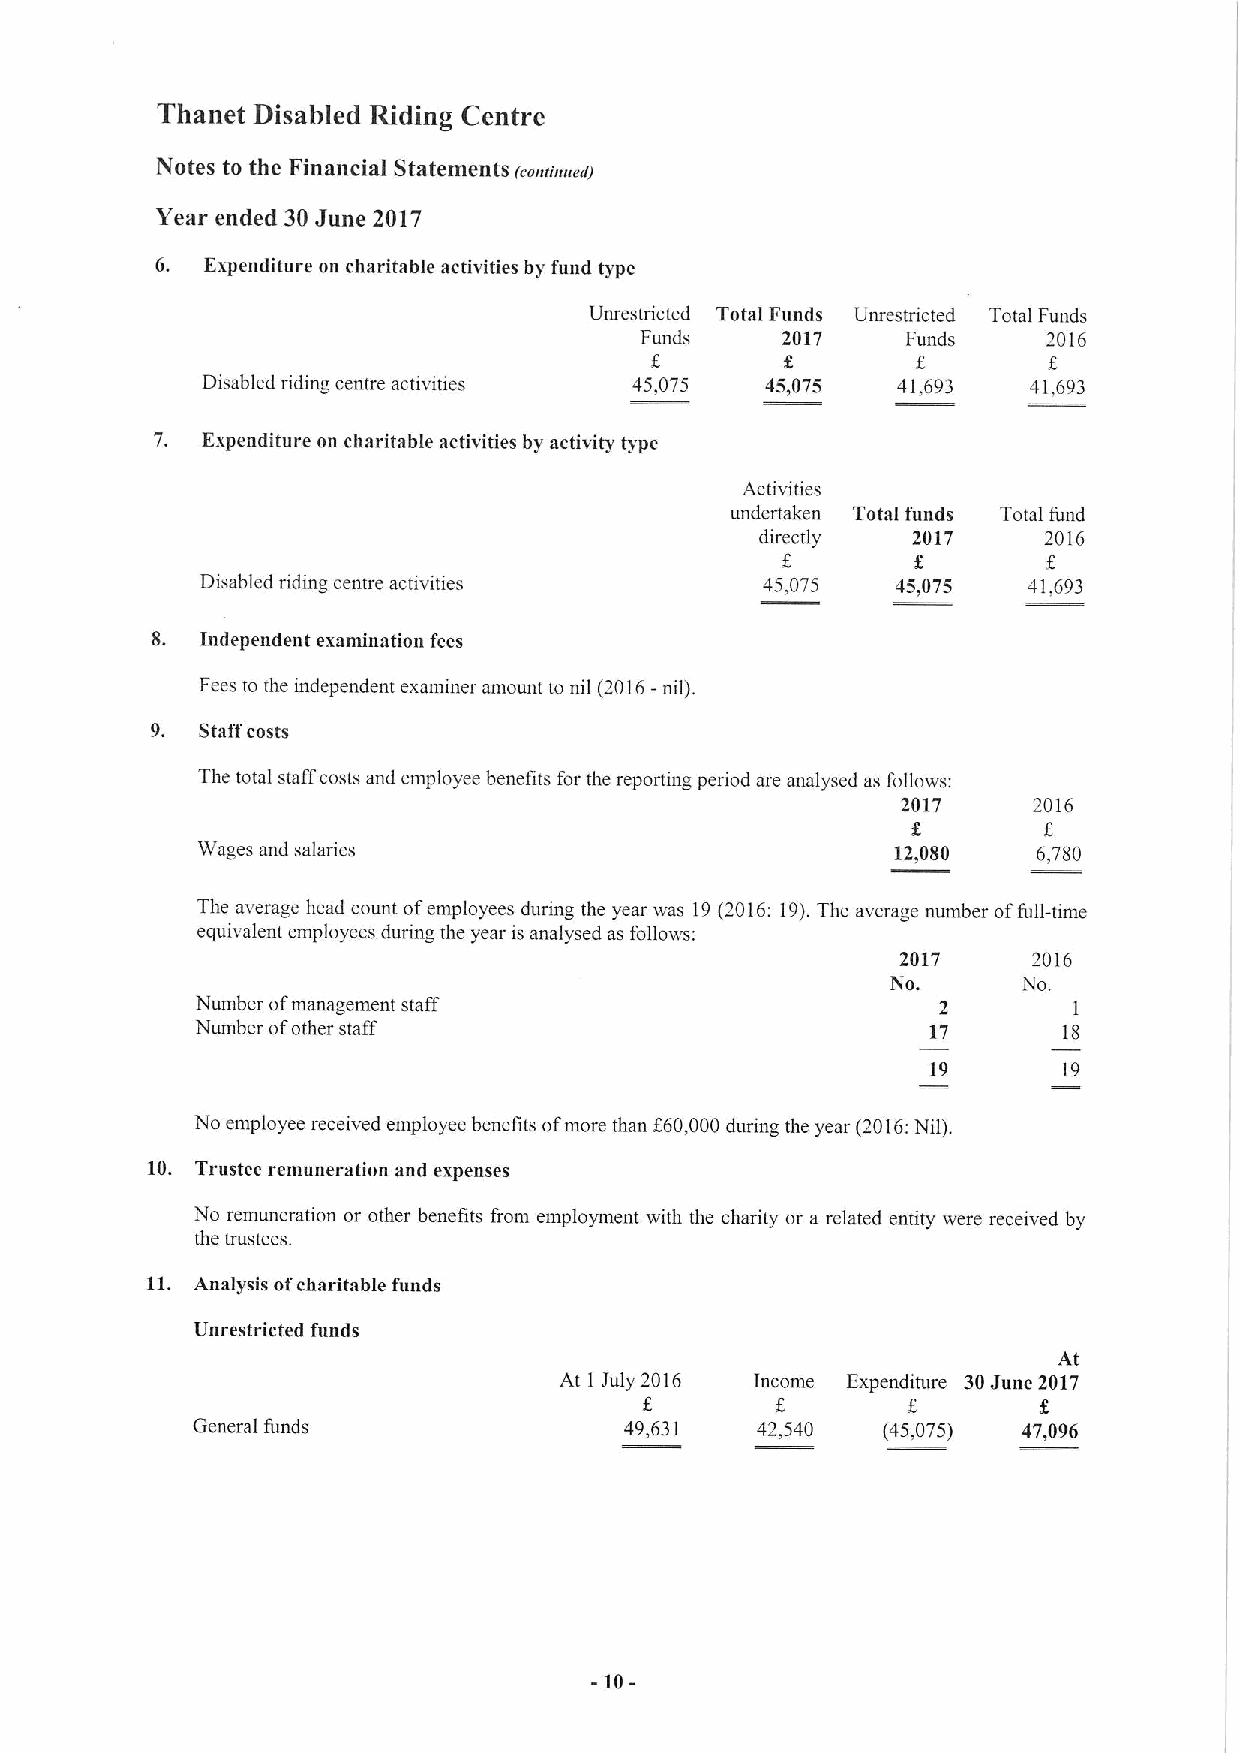
Thanet Disabled Riding Centre
 Notes to the Financial Statements f.aachmedi
 Year ended 30June 2017
 6.  Expenditure on charitable activities by fund type
 Unrestricted Total Funds Unrestricted Total Funds
 Funds     2017    Funds    2016
 f
 Disabled riding centre activities 45,075 45,075 41,693 41,693
 7. Expenditure on charitable activities by activity type
 Activities
 undertaken Total funds Total fund
 directly  2017     2016
 Disabled riding centre activities    45,075   45,075   41,693
 8. Independent examination fees
 Fees to the independent examiner amount to nil (2016-nil).
 9. Staff costs
 The total staff costs and employee benefits for the reporting period are analysed as follows:
 2017    2016
 Wages and salanes                             12,080    6,780
 The average head count ofemployees during the year was 19(2016:19).The average number offull-time
 equivalent employees during the year is analysed as follows:
 2017    2016
 No.      No.
 Number ofmanagement staff                        2        1
 Number ofother staff                             17      18
 19       19
 No employee received employee benefits ofmore than f60,000during the year (2016:Nil).
 10. Trustee remuneration and expenses
 No remuneration or other benefits from employment with the charity or a related entity were received by
 the trustees.
 11. Analysis ofcharitable funds
 Unrestricted funds
 At
 At 1 July 2016 Income Expenditure 30June 2017
 General funds               49,631   42,540  (45,075)  47,096
 -10-